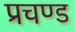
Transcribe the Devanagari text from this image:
प्रचण्‍ड